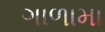
ગાળામા